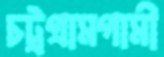
চট্রগ্রামগামী